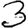
Digit: 3